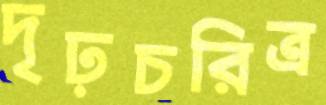
দৃঢ়চরিত্র